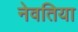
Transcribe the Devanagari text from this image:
नेवतिया